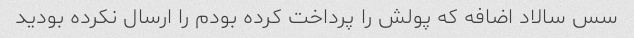
سس سالاد اضافه که پولش را پرداخت کرده بودم را ارسال نکرده بودید